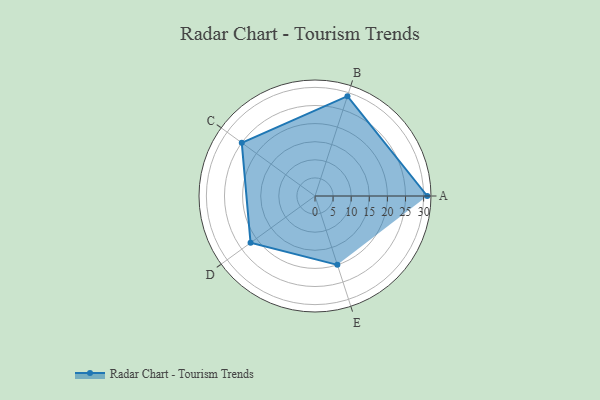
{"axis": {"x": "Skill", "y": "Score"}, "legend": ["Profile"], "data": [{"x": "A", "y": 31.0, "type": "Profile"}, {"x": "B", "y": 29.0, "type": "Profile"}, {"x": "C", "y": 25.0, "type": "Profile"}, {"x": "D", "y": 22.0, "type": "Profile"}, {"x": "E", "y": 20, "type": "Profile"}]}